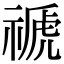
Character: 禠